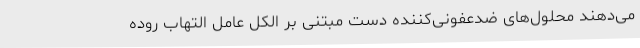
می‌دهند محلول‌های ضدعفونی‌کننده دست مبتنی بر الکل عامل التهاب روده